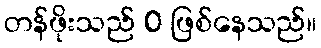
တန်ဖိုးသည် 0 ဖြစ်နေသည်။